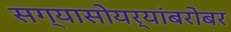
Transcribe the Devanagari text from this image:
सग्यासोयर्‍यांबरोबर